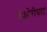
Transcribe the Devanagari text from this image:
देओरीघाट